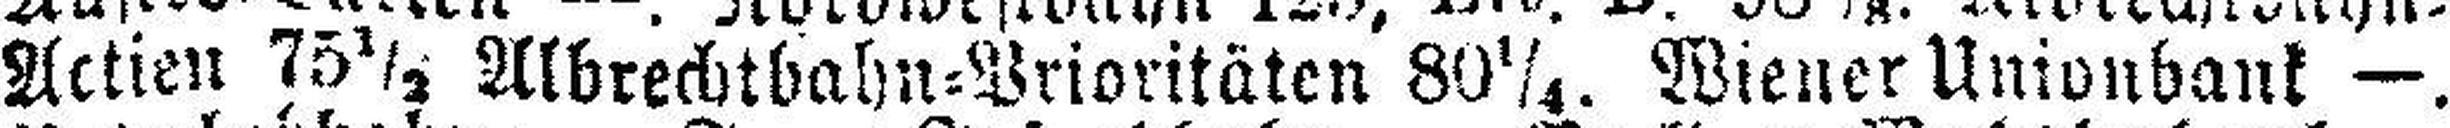
Actien 75½ Albrechtbahn=Prioritäten 80¼. Wiener Unionbank —.